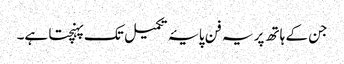
جن کے ہاتھ پر یہ فن پایۂ تکمیل تک پہنچتا ہے۔